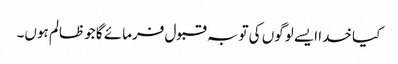
کیا خدا ایسے لوگوں کی توبہ قبول فرمائے گا جو ظالم ہوں۔